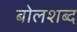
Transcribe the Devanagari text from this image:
बोलशब्द